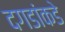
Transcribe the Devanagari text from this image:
दगडांकडे